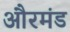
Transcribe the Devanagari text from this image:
औरमंड